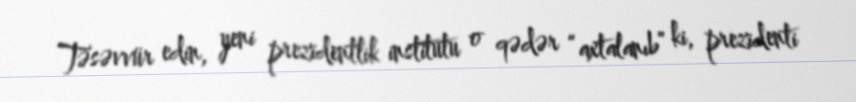
Təsəvvür edin, yeni prezidentlik institutu o qədər “axtalanıb” ki, prezidenti